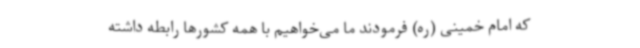
که امام خمینی (ره) فرمودند ما می‌خواهیم با همه کشورها رابطه داشته